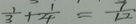
\frac { 1 } { 3 } + \frac { 1 } { 4 } = \frac { 7 } { 1 2 }